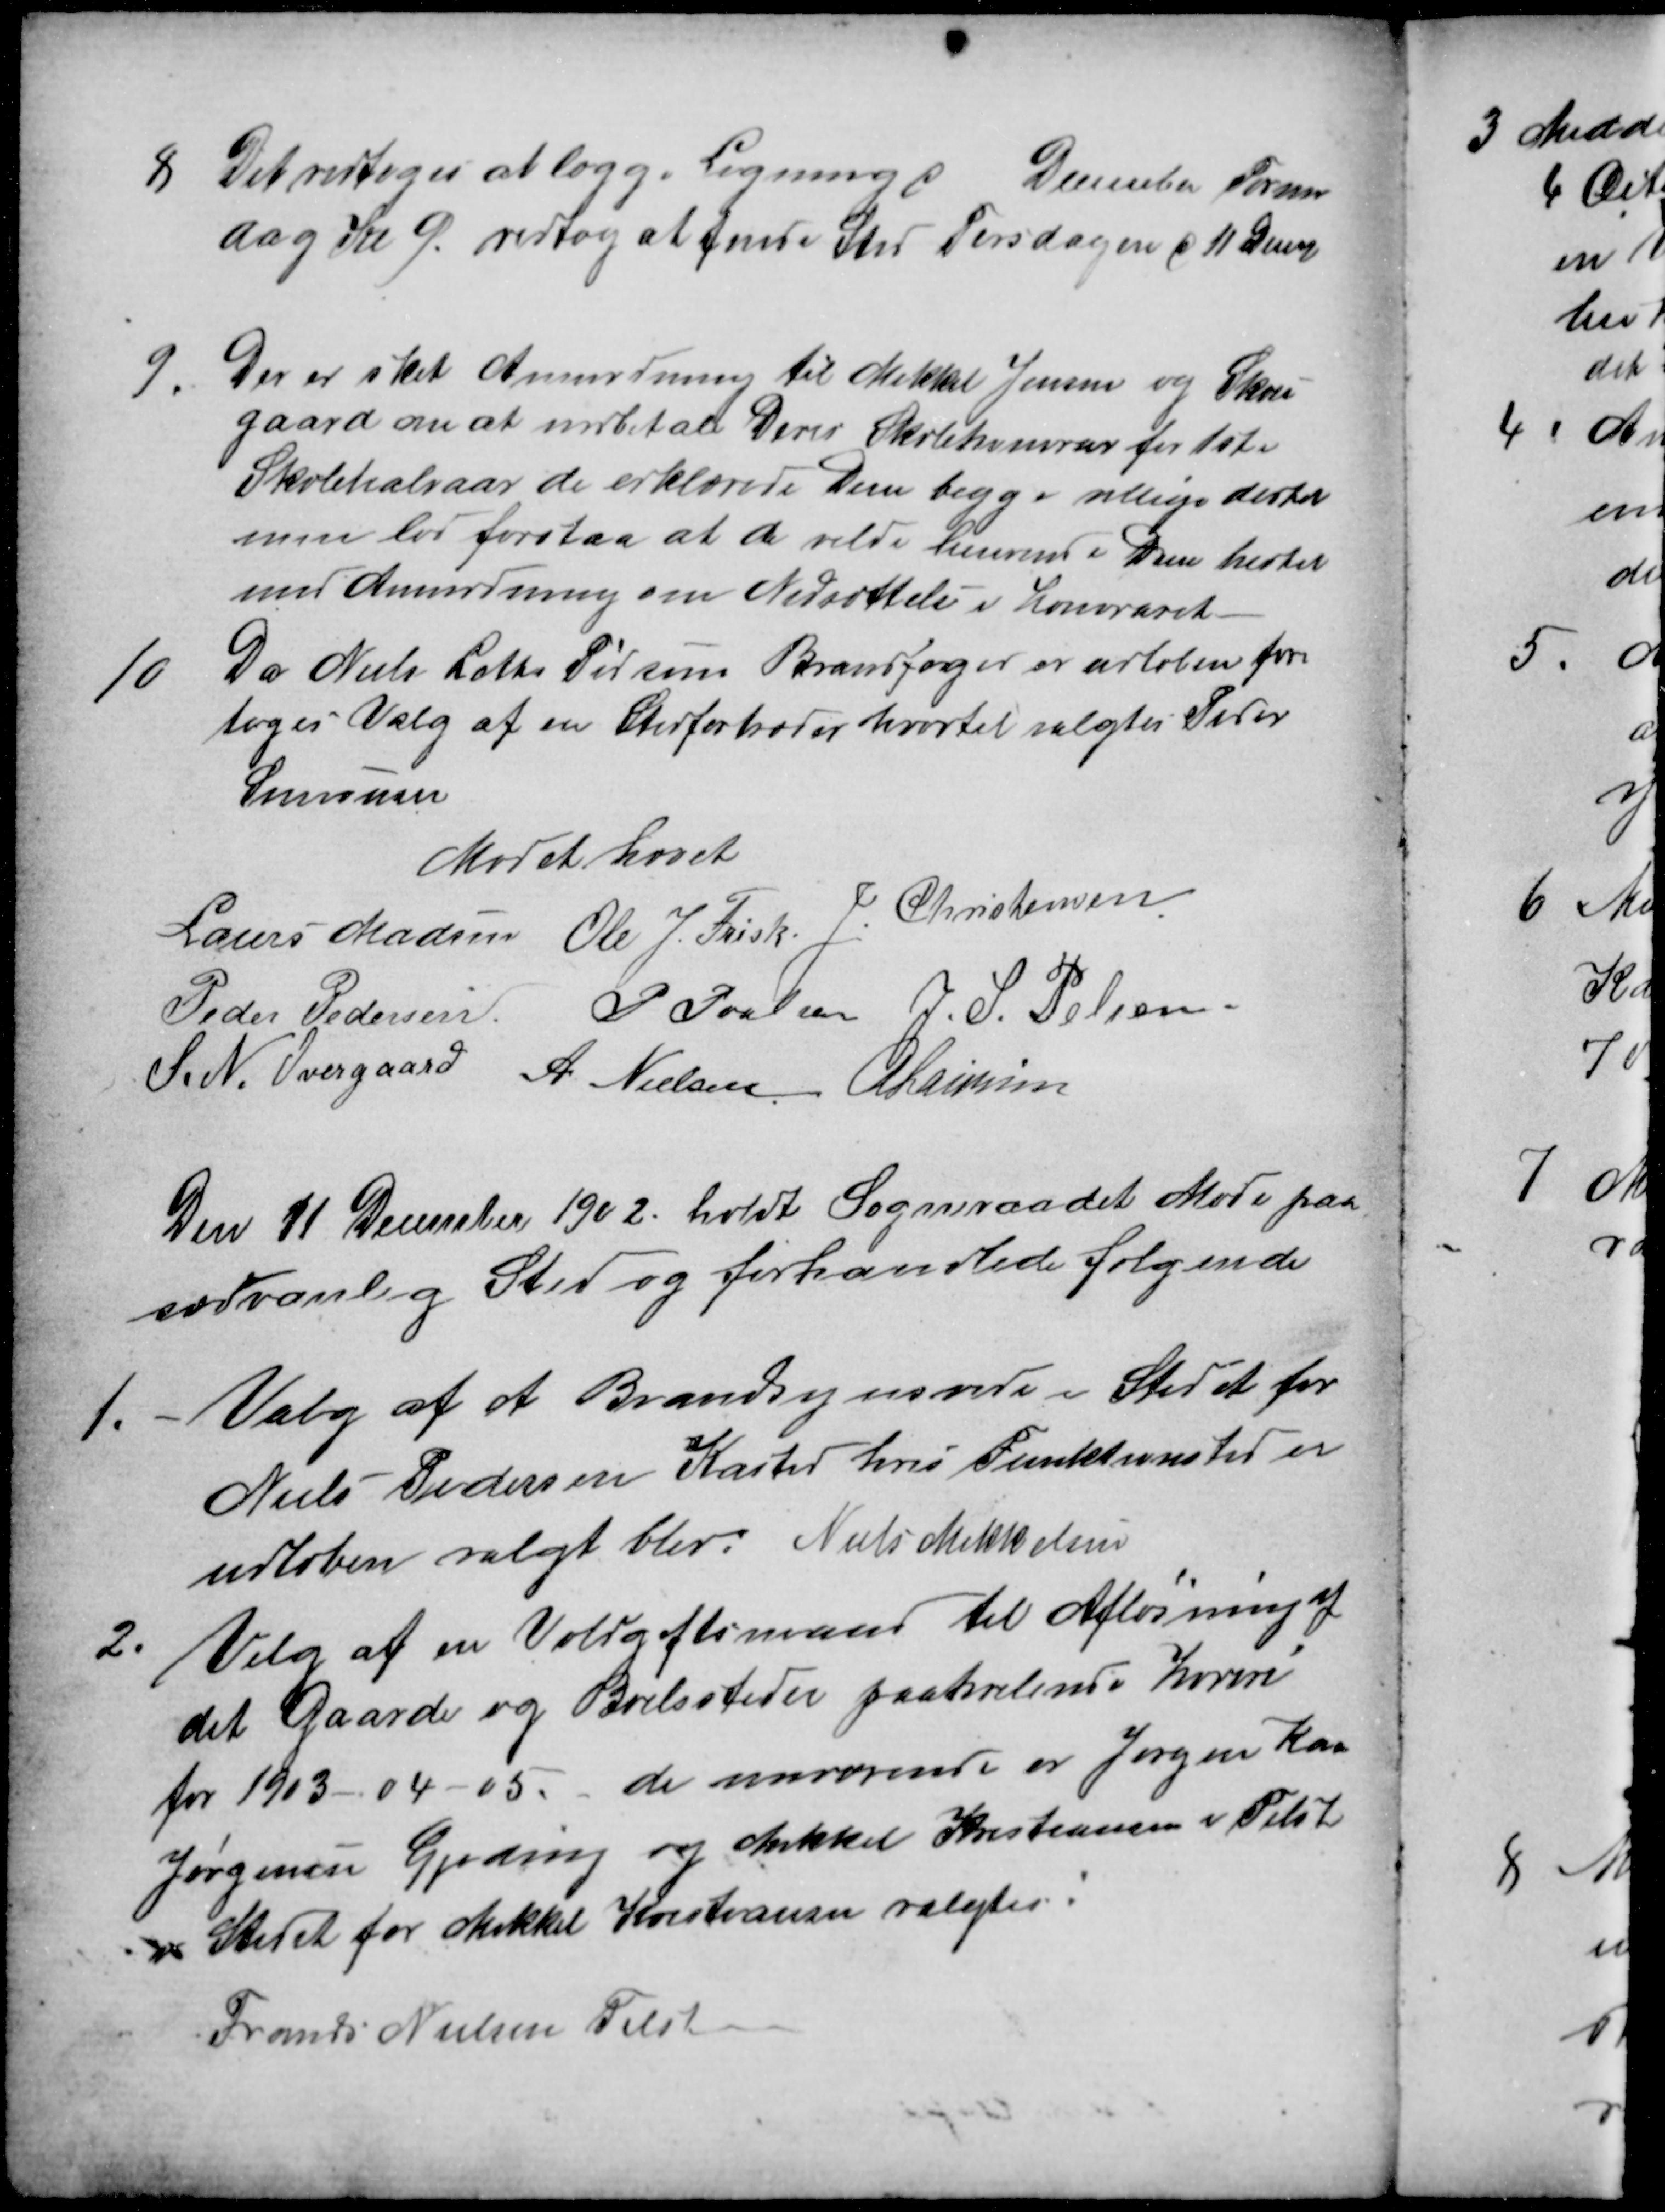
Transskription:
8.
Det vedtoges at lægge Ligning d
December Formid
dag Kl 9. vedtog at finde Sted Tirsdagen d 11 Decm
9.
Der er sket Anmodning til Mikkel Jensen og Skou
gaard om at indbetale Deres Skolehonorar for 1ste
Skolehalvaar de erklærede Dem begge villige dertil
men lod forstaa at de vilde henvende Dem hertil
med Anmodning om Nedsættelse i Honoraret
10
Da Niels Leths Tid som Brandfoged er udløben fore
toges Valg af en Stedfortræder hvortil valgtes Peder
Simonsen
Mødet hævet
Laurs Madsen Ole J. Frisk J. Christensen
Peder Pedersen P. Poulsen J. S. Pelsen
S. N. Overgaard A Nielsen A Laursen
Den 11 December 1902. holdt Sogneraadet Møde paa
sædvanlig Sted og forhandlede følgende
1.
Valg af et Brandsynsvidne i Stedet for
Niels Pedersen Kasted hvis Funktionstid er
udløben valgt blev Niels Mikkelsen
2.
Valg af en Voldgiftsmand til Afløsning af
det Gaarde og Boelssteder paahvilende Hoveri
for 1903-04-05. de nuværende er Jørgen Kaa
Jørgensen Gjeding og Mikkel Kristiansen i Tilst
i Stedet for Mikkel Kristiansen valgtes:
Frands Nielsen Tilst